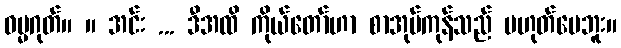
ဓမ္မဂုတ်။ ။ အင်း ... ဒီအထိ ကိုယ်တော်ဟာ စာအုပ်ကုန်သည် မဟုတ်ပေဘူး။